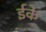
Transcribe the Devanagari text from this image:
ईके